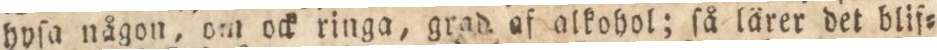
hyſa någon, om ock ringa, grad af alkohol; ſå lärer det blif=